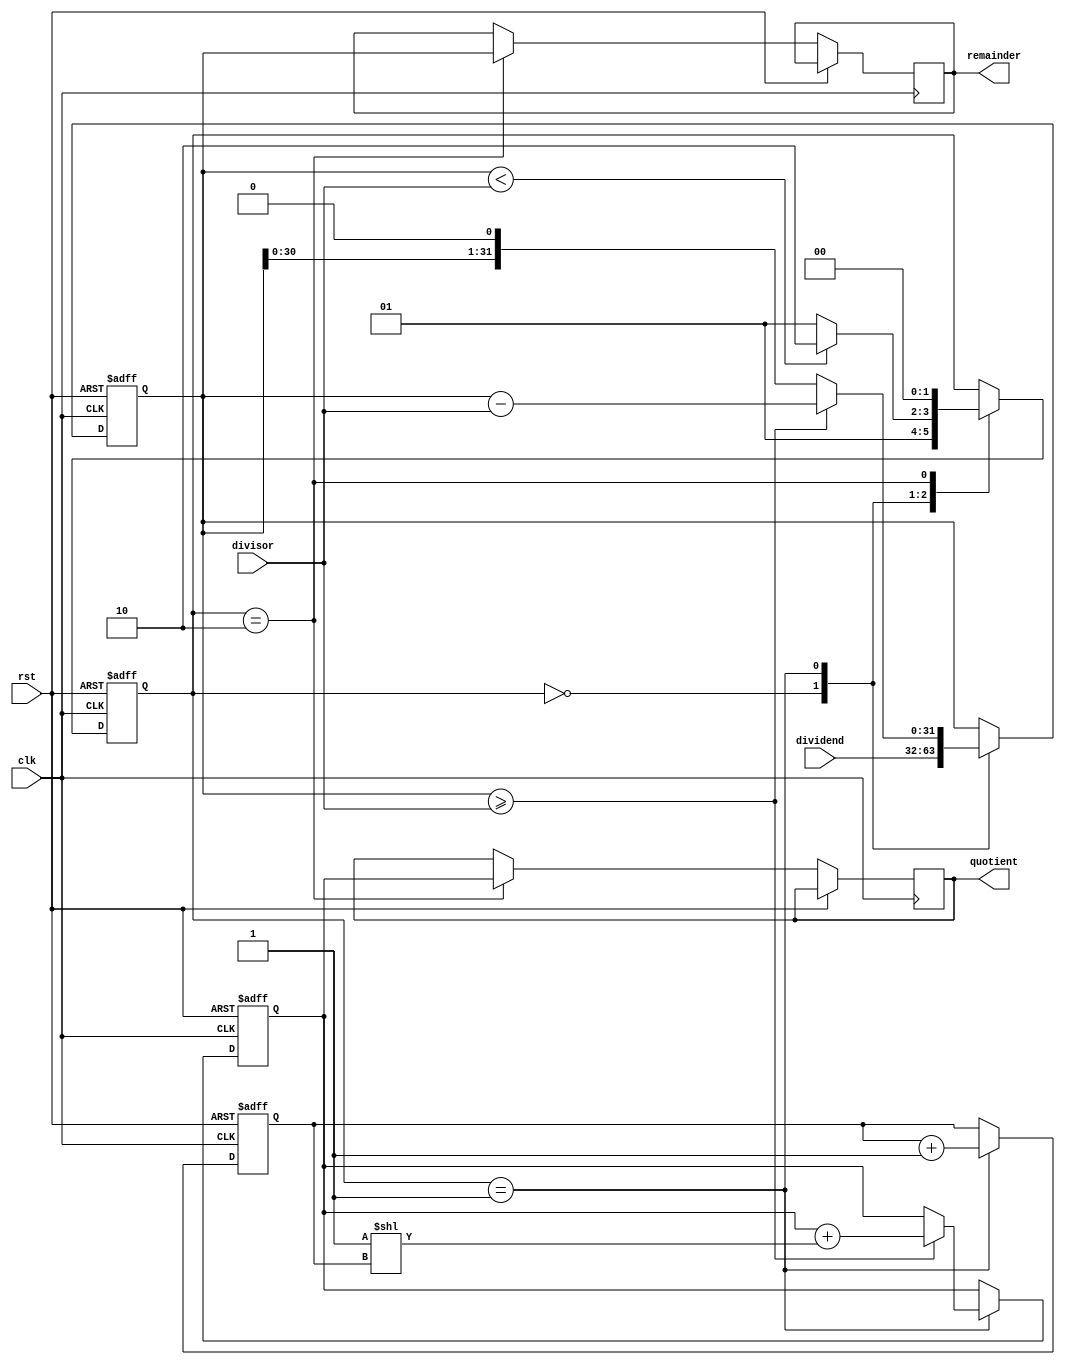
module restoring_divider (
    input wire clk,
    input wire rst,
    input wire [31:0] dividend,
    input wire [31:0] divisor,
    output reg [31:0] quotient,
    output reg [31:0] remainder
);

reg [31:0] temp_remainder;
reg [4:0] shift_count;
reg [31:0] partial_quotient;
reg [1:0] state;

always @ (posedge clk or posedge rst) begin
    if (rst) begin
        temp_remainder <= 0;
        shift_count <= 0;
        partial_quotient <= 0;
        state <= 0;
    end else begin
        case (state)
            0: begin // Subtract divisor from dividend
                temp_remainder <= dividend;
                state <= 1;
            end
            1: begin // Shift remainder to the left
                temp_remainder <= temp_remainder << 1;
                shift_count <= shift_count + 1;
                if (temp_remainder >= divisor) begin
                    temp_remainder <= temp_remainder - divisor;
                    partial_quotient <= partial_quotient + (1 << shift_count);
                end
                state <= (temp_remainder < divisor) ? 2 : 1;
            end
            2: begin // Update quotient and remainder
                remainder <= temp_remainder;
                quotient <= partial_quotient;
                state <= 0;
            end
        endcase
    end
end

endmodule